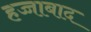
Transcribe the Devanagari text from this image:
हज्जाबाद